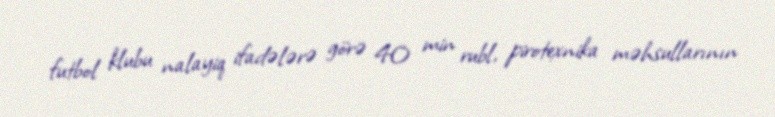
futbol klubu nalayiq ifadələrə görə 40 min rubl, pirotexnika məhsullarının